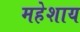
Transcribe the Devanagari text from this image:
महेशाय